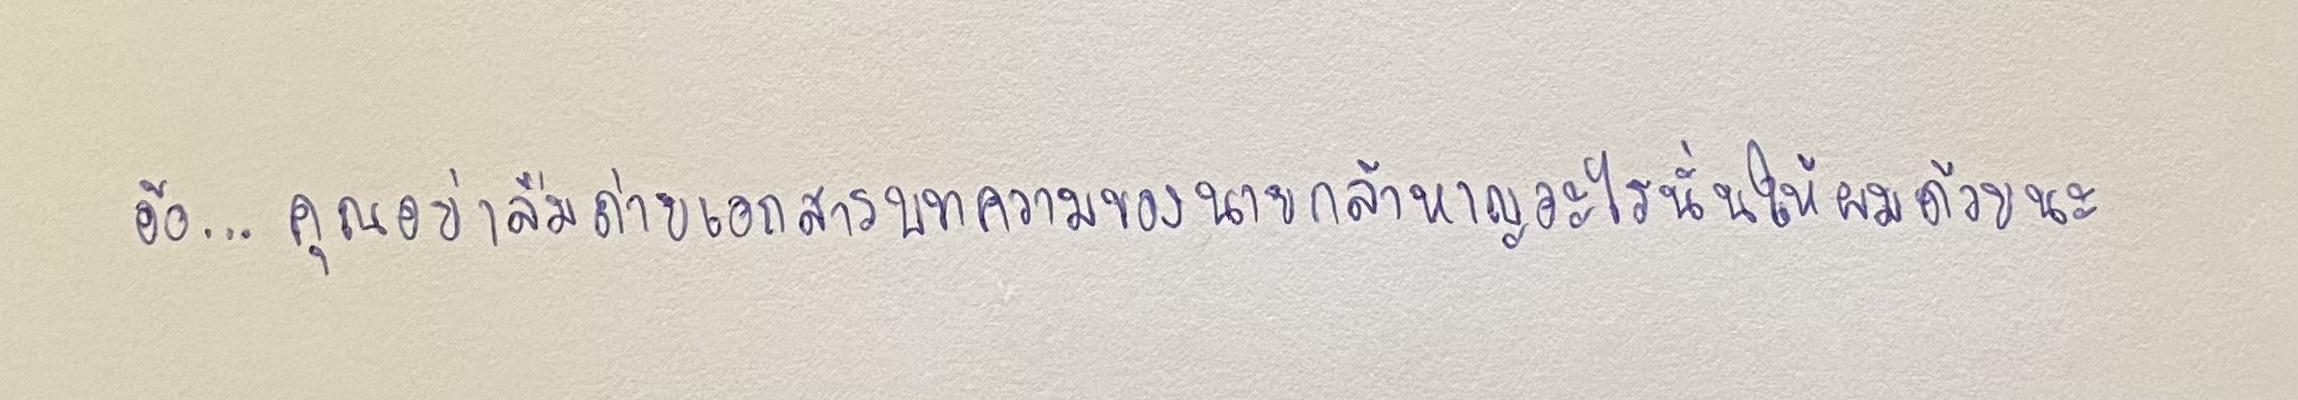
อ้อ...คุณอย่าลืมถ่ายเอกสารบทความของนายกล้าหาญอะไรนั่นให้ผมด้วยนะ